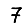
Digit: 7